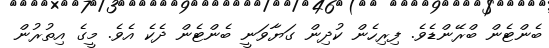
ބެންޓެން ބްރޭންޑެވެ. ފިރިހެން ކުދިން ގަޔާވަނީ ބެންޓެން ދެކެ އެވެ. މީގެ އިތުރުން